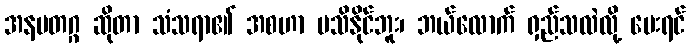
အနမတဂ္ဂ ဆိုတာ သံသရာ၏ အစဟာ မသိနိုင်ဘူး၊ ဘယ်လောက် ရှည်သလဲလို့ မေးရင်